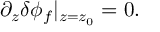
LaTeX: \partial _ { z } \delta \phi _ { f } \vert _ { z = z _ { 0 } } = 0 .